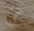
عن